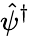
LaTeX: \hat{\psi}^{\dagger}